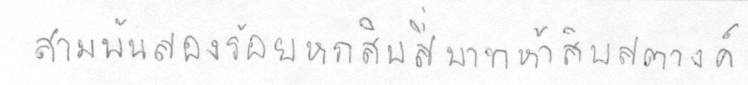
สามพันสองร้อยหกสิบสี่บาทห้าสิบสตางค์